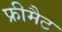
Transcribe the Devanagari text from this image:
फ्रीमैट